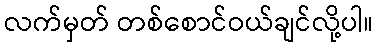
လက်မှတ် တစ်စောင်ဝယ်ချင်လို့ပါ။